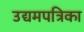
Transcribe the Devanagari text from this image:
उद्यमपत्रिका